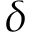
\delta